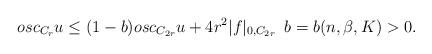
LaTeX: \begin{align*}osc_{C_{r}}u\leq (1-b)osc_{C_{2r}}u+4r^{2}|f|_{0,C_{2r}}\,\ b=b(n,\beta,K)>0. \end{align*}